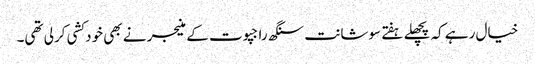
خیال رہے کہ پچھلے ہفتے سوشانت سنگھ راجپوت کے منیجر نے بھی خودکشی کرلی تھی۔